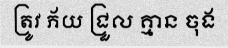
ត្រូវ ភ័យ ជ្រួល គ្មាន ចុង